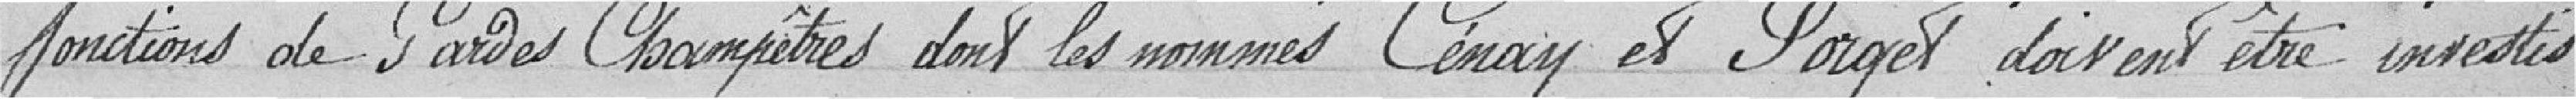
fonctions de Gardes Champêtres dont les nommés Cénay et Forges doivent être investis